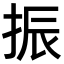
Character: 振